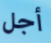
أجل